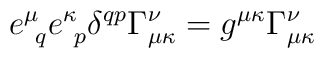
e^\mu_{~q} e^\kappa_{~p} \delta^{q p} \Gamma^\nu _{\mu \kappa} =g^{\mu \kappa} \Gamma^\nu_{\mu \kappa}